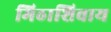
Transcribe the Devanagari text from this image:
मिठाशिवाय